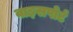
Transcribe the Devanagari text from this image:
वाइसपोर्ट